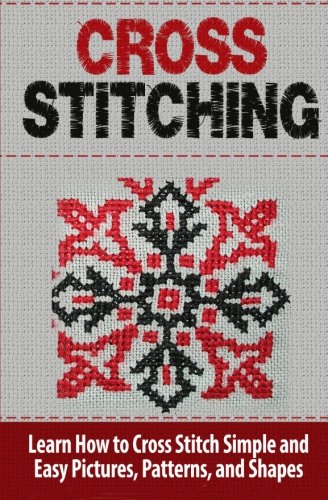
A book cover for Cross Stitching: Learn How to Cross Stitch Quickly With Proven Techniques and Simple Instruction (Volume 1); Tatyana Williams; Crafts, Hobbies & Home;